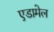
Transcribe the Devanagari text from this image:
एडामेल